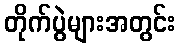
တိုက်ပွဲများအတွင်း